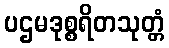
ပဌမဒုစ္စရိတသုတ္တံ